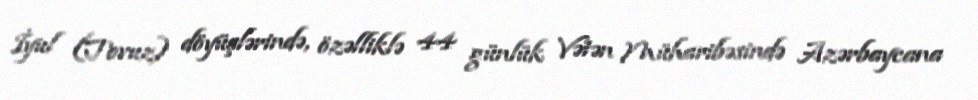
İyul (Tovuz) döyüşlərində, özəlliklə 44 günlük Vətən Müharibəsində Azərbaycana